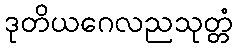
ဒုတိယဂေလညသုတ္တံ